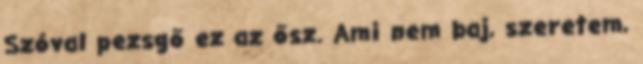
Szóval pezsgő ez az ősz. Ami nem baj, szeretem,